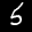
Label: 5